Annual statistical returns and brief notes on vaccination in Bengal - 1896-1909
Year: 1896
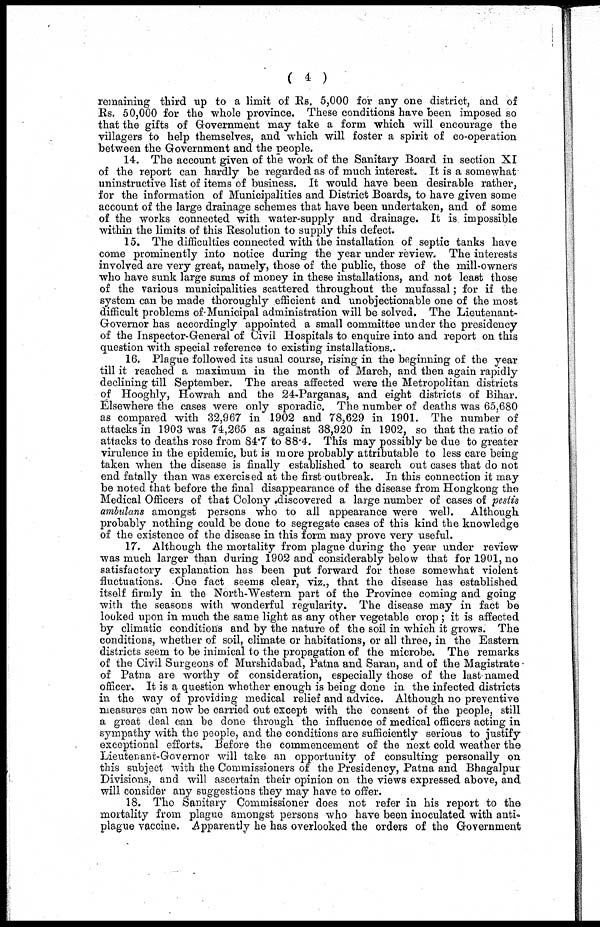
( 4 )
remaining third up to a limit of Rs. 5,000 for any one district, and of
Rs. 50,000 for the whole province. These conditions have been imposed so
that the gifts of Government may take a form which will encourage the
villagers to help themselves, and which will foster a spirit of co-operation
between the Government and the people.
14. The account given of the work of the Sanitary Board in section XI
of the report can hardly be regarded as of much interest. It is a somewhat
uninstructive list of items of business. It would have been desirable rather,
for the information of Municipalities and District Boards, to have given some
account of the large drainage schemes that have been undertaken, and of some
of the works connected with water-supply and drainage. It is impossible
within the limits of this Resolution to supply this defect.
15. The difficulties connected with the installation of septic tanks have
come prominently into notice during the year under review. The interests
involved are very great, namely, those of the public, those of the mill-owners
who have sunk large sums of money in these installations, and not least those
of the various municipalities scattered throughout the mufassal; for if the
system can be made thoroughly efficient and unobjectionable one of the most
difficult problems of Municipal administration will be solved. The Lieutenant-
Governor has accordingly appointed a small committee under the presidency
of the Inspector-General of Civil Hospitals to enquire into and report on this
question with special reference to existing installations.
16. Plague followed its usual course, rising in the beginning of the year
till it reached a maximum in the month of March, and then again rapidly
declining till September. The areas affected were the Metropolitan districts
of Hooghly, Howrah and the 24-Parganas, and eight districts of Bihar.
Elsewhere the cases were only sporadic. The number of deaths was 65,680
as compared with 32,967 in 1902 and 78,629 in 1901. The number of
attacks in 1903 was 74,265 as against 38,920 in 1902, so that the ratio of
attacks to deaths rose from 84.7 to 88.4. This may possibly be due to greater
virulence in the epidemic, but is more probably attributable to less care being
taken when the disease is finally established to search out cases that do not
end fatally than was exercised at the first outbreak. In this connection it may
be noted that before the final disappearance of the disease from Hongkong the
Medical Officers of that Colony discovered a large number of cases of pestis
ambulans amongst persons who to all appearance were well. Although
probably nothing could be done to segregate cases of this kind the knowledge
of the existence of the disease in this form may prove very useful.
17. Although the mortality from plague during the year under review
was much larger than during 1902 and considerably below that for 1901, no
satisfactory explanation has been put forward for these somewhat violent
fluctuations. One fact seems clear, viz., that the disease has established
itself firmly in the North-Western part of the Province coming and going
with the seasons with wonderful regularity. The disease may in fact be
looked upon in much the same light as any other vegetable crop ; it is affected
by climatic conditions and by the nature of the soil in which it grows. The
conditions, whether of soil, climate or habitations, or all three, in the Eastern
districts seem to be inimical to the propagation of the microbe. The remarks
of the Civil Surgeons of Murshidabad, Patna and Saran, and of the Magistrate
of Patna are worthy of consideration, especially those of the last named
officer. It is a question whether enough is being done in the infected districts
in the way of providing medical relief and advice. Although no preventive
measures can now be carried out except with the consent of the people, still
a great deal can be done through the influence of medical officers acting in
sympathy with the people, and the conditions are sufficiently serious to justify
exceptional efforts. Before the commencement of the next cold weather the
Lieutenant-Governor will take an opportunity of consulting personally on
this subject with the Commissioners of the Presidency, Patna and Bhagalpur
Divisions, and will ascertain their opinion on the views expressed above, and
will consider any suggestions they may have to offer.
18. Tho Sanitary Commissioner does not refer in his report to the
mortality from plague amongst persons who have been inoculated with anti-
plague vaccine. Apparently he has overlooked the orders of the Government